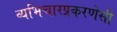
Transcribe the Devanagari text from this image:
व्यभिचारप्रकरणेसी